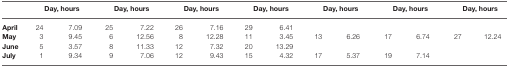
<table><thead><tr><td></td><td colspan="2"><b>Day, hours</b></td><td colspan="2"><b>Day, hours</b></td><td colspan="2"><b>Day, hours</b></td><td colspan="2"><b>Day, hours</b></td><td colspan="2"><b>Day, hours</b></td><td colspan="2"><b>Day, hours</b></td><td colspan="2"><b>Day, hours</b></td></tr></thead><tbody><tr><td><b>April</b></td><td>24</td><td>7.09</td><td>25</td><td>7.22</td><td>26</td><td>7.16</td><td>29</td><td>6.41</td><td></td></tr><tr><td><b>May</b></td><td>3</td><td>9.45</td><td>6</td><td>12.56</td><td>8</td><td>12.28</td><td>11</td><td>3.45</td><td>13</td><td>6.26</td><td>17</td><td>6.74</td><td>27</td><td>12.24</td></tr><tr><td><b>June</b></td><td>5</td><td>3.57</td><td>8</td><td>11.33</td><td>12</td><td>7.32</td><td>20</td><td>13.29</td><td></td></tr><tr><td><b>July</b></td><td>1</td><td>9.34</td><td>9</td><td>7.06</td><td>12</td><td>9.43</td><td>15</td><td>4.32</td><td>17</td><td>5.37</td><td>19</td><td>7.14</td><td></td></tr></tbody></table>